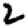
Digit: 2